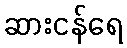
ဆားငန်ရေ